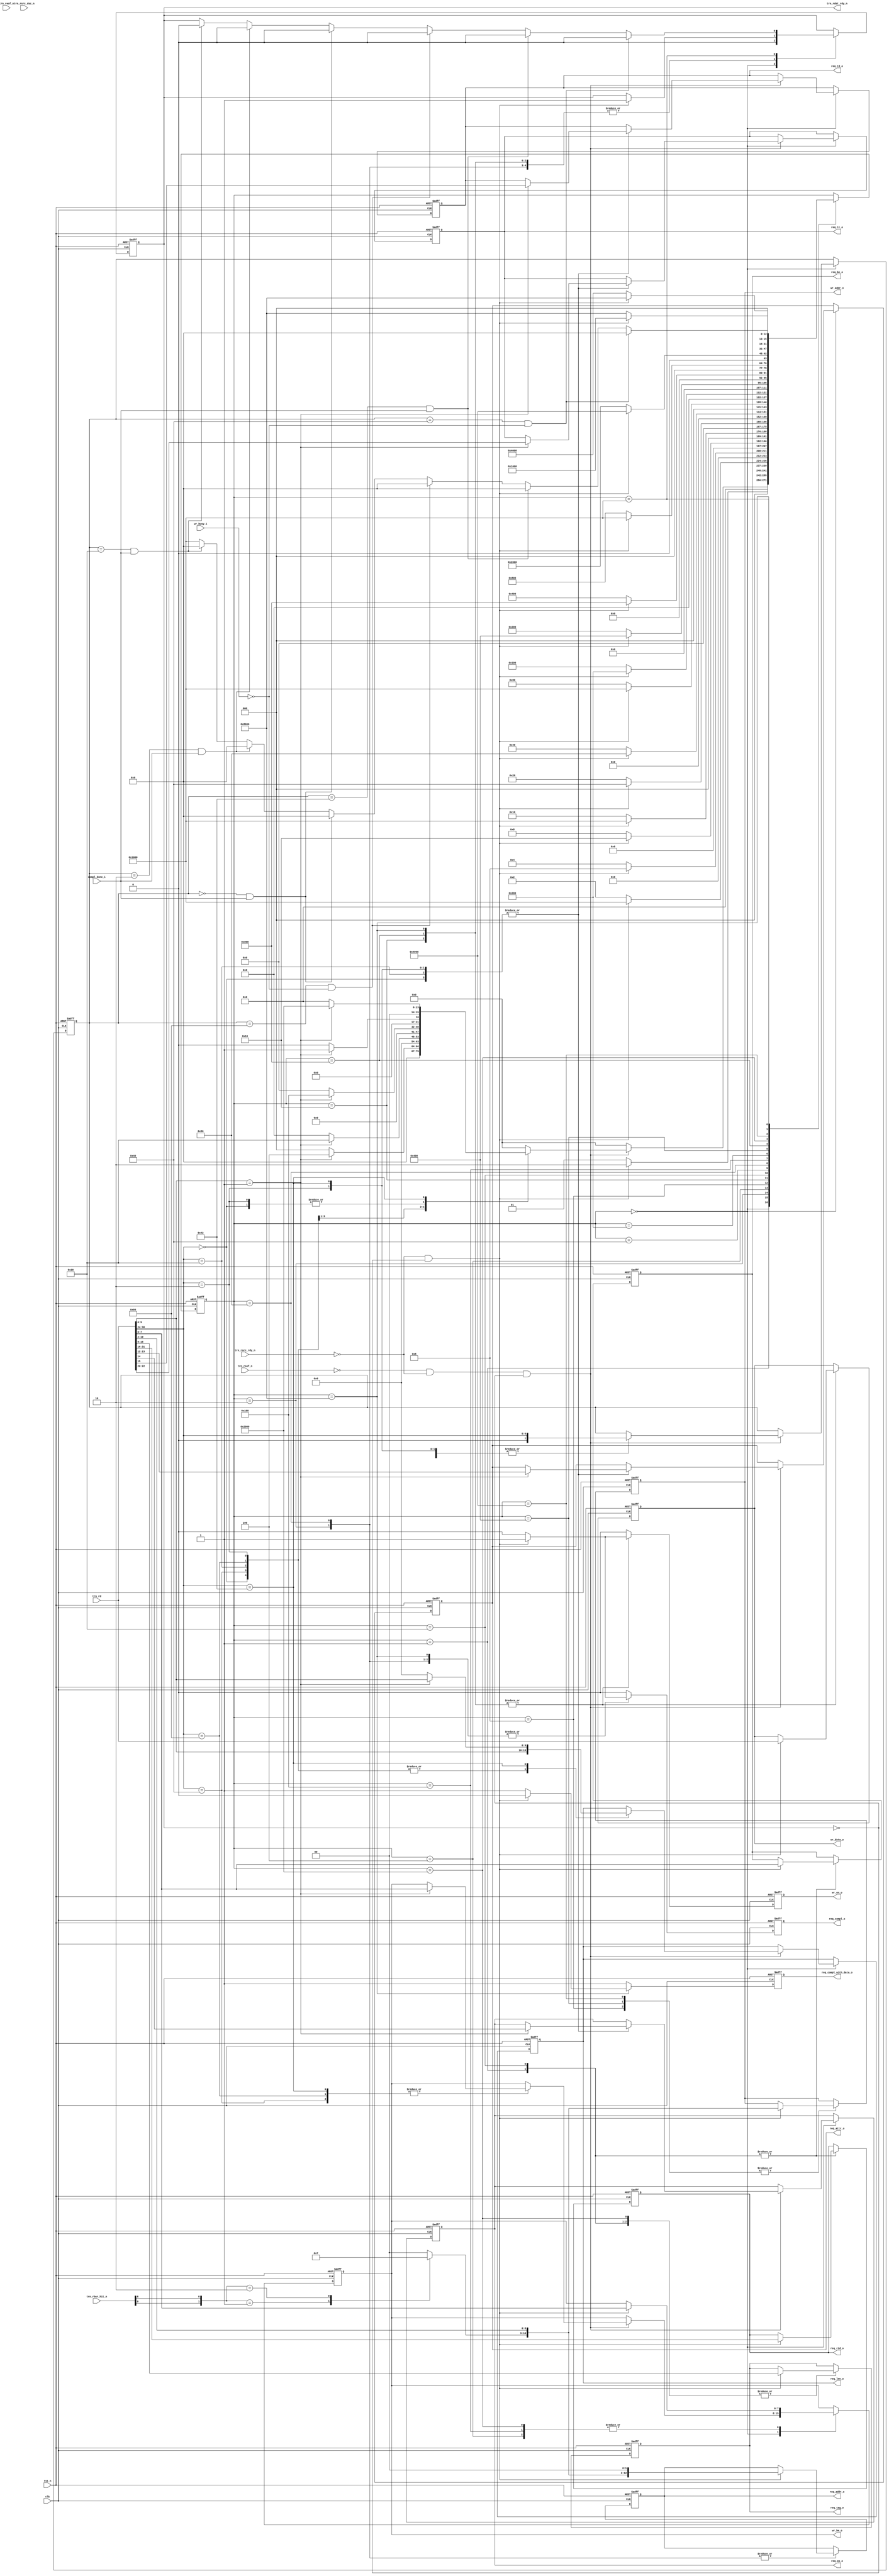



// DISCLAIMER OF LIABILITY
//
// This text/file contains proprietary, confidential
// information of Xilinx, Inc., is distributed under license
// from Xilinx, Inc., and may be used, copied and/or
// disclosed only pursuant to the terms of a valid license
// agreement with Xilinx, Inc. Xilinx hereby grants you
// a license to use this text/file solely for design, simulation,
// implementation and creation of design files limited
// to Xilinx devices or technologies. Use with non-Xilinx
// devices or technologies is expressly prohibited and
// immediately terminates your license unless covered by
// a separate agreement.
//
// Xilinx is providing this design, code, or information
// "as is" solely for use in developing programs and
// solutions for Xilinx devices. By providing this design,
// code, or information as one possible implementation of
// this feature, application or standard, Xilinx is making no
// representation that this implementation is free from any
// claims of infringement. You are responsible for
// obtaining any rights you may require for your implementation.
// Xilinx expressly disclaims any warranty whatsoever with
// respect to the adequacy of the implementation, including
// but not limited to any warranties or representations that this
// implementation is free from claims of infringement, implied
// warranties of merchantability or fitness for a particular
// purpose.
//
// Xilinx products are not intended for use in life support
// appliances, devices, or systems. Use in such applications are
// expressly prohibited.
//
//
// Copyright (c) 2001, 2002, 2003, 2004, 2005, 2007 Xilinx, Inc. All rights reserved.
//
// This copyright and support notice must be retained as part
// of this text at all times.

`timescale 1ns/1ns

`define TCQ 1

`define PIO_32_RX_MEM_RD32_FMT_TYPE 7'b00_00000
`define PIO_32_RX_MEM_WR32_FMT_TYPE 7'b10_00000
`define PIO_32_RX_MEM_RD64_FMT_TYPE 7'b01_00000
`define PIO_32_RX_MEM_WR64_FMT_TYPE 7'b11_00000
`define PIO_32_RX_IO_RD32_FMT_TYPE  7'b00_00010
`define PIO_32_RX_IO_WR32_FMT_TYPE  7'b10_00010

`define PIO_32_RX_RST_STATE         16'b0000000000000000
`define PIO_32_RX_MEM_RD32_DW1      16'b0000000000000001
`define PIO_32_RX_MEM_RD32_DW2      16'b0000000000000010
`define PIO_32_RX_MEM_WR32_DW1      16'b0000000000000100
`define PIO_32_RX_MEM_WR32_DW2      16'b0000000000001000
`define PIO_32_RX_MEM_WR32_DW3      16'b0000000000010000
`define PIO_32_RX_MEM_RD64_DW1      16'b0000000000100000
`define PIO_32_RX_MEM_RD64_DW2      16'b0000000001000000
`define PIO_32_RX_MEM_RD64_DW3      16'b0000000010000000
`define PIO_32_RX_MEM_WR64_DW1      16'b0000000100000000
`define PIO_32_RX_MEM_WR64_DW2      16'b0000001000000000
`define PIO_32_RX_MEM_WR64_DW3      16'b0000010000000000
`define PIO_32_RX_MEM_WR64_DW4      16'b0000100000000000
`define PIO_32_RX_WAIT_STATE        16'b0001000000000000
`define PIO_32_RX_IO_WR_DW1         16'b0010000000000000
`define PIO_32_RX_IO_WR_DW2         16'b0100000000000000
`define PIO_32_RX_IO_WR_DW3         16'b1000000000000000



module PIO_32_RX_ENGINE (
                        clk,
                        rst_n,

                        /*
                         * Receive local link interface from PCIe core
                         */

                        trn_rd,
                        trn_rsof_n,
                        trn_reof_n,
                        trn_rsrc_rdy_n,
                        trn_rsrc_dsc_n,
                        trn_rbar_hit_n,
                        trn_rdst_rdy_n,

                        /*
                         * Memory Read data handshake with Completion
                         * transmit unit. Transmit unit reponds to
                         * req_compl assertion and responds with compl_done
                         * assertion when a Completion w/ data is transmitted.
                         */

                        req_compl_o,
                        req_compl_with_data_o, // asserted indicates to generate a completion WITH data
                                               // otherwise a completion WITHOUT data will be generated -DRT
                        compl_done_i,

                        req_tc_o,                  // Memory Read TC
                        req_td_o,                  // Memory Read TD
                        req_ep_o,                  // Memory Read EP
                        req_attr_o,                // Memory Read Attribute
                        req_len_o,                 // Memory Read Length (1DW)
                        req_rid_o,                 // Memory Read Requestor ID
                        req_tag_o,                 // Memory Read Tag
                        req_be_o,                  // Memory Read Byte Enables
                        req_addr_o,                // Memory Read Address

                         /* 
                         * Memory interface used to save 1 DW data received
                         * on Memory Write 32 TLP. Data extracted from
                         * inbound TLP is presented to the Endpoint memory
                         * unit. Endpoint memory unit reacts to wr_en_o
                         * assertion and asserts wr_busy_i when it is
                         * processing written information.
                         */

                        wr_addr_o,                 // Memory Write Address
                        wr_be_o,                   // Memory Write Byte Enable
                        wr_data_o,                 // Memory Write Data
                        wr_en_o,                   // Memory Write Enable
                        wr_busy_i                  // Memory Write Busy

                       );

    input              clk;
    input              rst_n;

    input [31:0]       trn_rd;
    input              trn_rsof_n;
    input              trn_reof_n;
    input              trn_rsrc_rdy_n;
    input              trn_rsrc_dsc_n;
    input [6:0]        trn_rbar_hit_n;
    output             trn_rdst_rdy_n;
 
    output             req_compl_o;
    output             req_compl_with_data_o;
    input              compl_done_i;

    output reg [2:0]       req_tc_o;
    output reg             req_td_o;
    output reg             req_ep_o;
    output reg [1:0]       req_attr_o;
    output reg [9:0]       req_len_o;
    output reg [15:0]      req_rid_o;
    output reg [7:0]       req_tag_o;
    output reg [7:0]       req_be_o;
    output reg [12:0]      req_addr_o;

    output reg [10:0]      wr_addr_o;
    output reg  [7:0]       wr_be_o;
    output reg [31:0]      wr_data_o;
    output reg             wr_en_o;
    input              wr_busy_i;

    // Local Registers

    reg                trn_rdst_rdy_n;

    reg                req_compl_o;
    reg                req_compl_with_data_o;

//    reg [2:0]          req_tc_o;
//    reg                req_td_o;
//    reg                req_ep_o;
//    reg [1:0]          req_attr_o;
//    reg [9:0]          req_len_o;
//    reg [15:0]         req_rid_o;
//    reg [7:0]          req_tag_o;
//    reg [7:0]          req_be_o;
//    reg [12:0]         req_addr_o;

//    reg [10:0]         wr_addr_o;
//    reg [7:0]          wr_be_o;
//    reg [31:0]         wr_data_o;
//    reg                wr_en_o;

    reg [15:0]          state; //DRT
    reg [7:0]          tlp_type;
    
    wire               io_bar_hit_n;
    wire               mem32_bar_hit_n;
    wire               mem64_bar_hit_n;
    wire               erom_bar_hit_n;

    reg [1:0]          region_select;
   


    always @ ( posedge clk or negedge rst_n ) begin

        if (!rst_n ) begin

          trn_rdst_rdy_n <= 1'b0; // #`TCQ delay not used in syntesis

          req_compl_o    <=   1'b0;
          req_compl_with_data_o  <=   1'b1;

          req_tc_o       <=   2'b0;
          req_td_o       <=   1'b0;
          req_ep_o       <=   1'b0;
          req_attr_o     <=   2'b0;
          req_len_o      <=   10'b0;
          req_rid_o      <=   16'b0;
          req_tag_o      <=   8'b0;
          req_be_o       <=   8'b0;
          req_addr_o     <=   13'b0;

          wr_be_o        <=   8'b0;
          wr_addr_o      <=   11'b0;
          wr_data_o      <=   31'b0;
          wr_en_o        <=   1'b0;
          
          state          <=   `PIO_32_RX_RST_STATE;
          tlp_type       <=   7'b0;

        end else begin

          wr_en_o        <=   1'b0;
          req_compl_o    <=   1'b0;
          req_compl_with_data_o <=   1'b1;

          case (state)

            `PIO_32_RX_RST_STATE : begin 

              trn_rdst_rdy_n <=   1'b0;

              if ((!trn_rsof_n) && 
                  (!trn_rsrc_rdy_n) && 
                  (!trn_rdst_rdy_n)) begin

                case (trn_rd[30:24]) 

                  `PIO_32_RX_MEM_RD32_FMT_TYPE : begin

                    tlp_type     <=   trn_rd[30:24];
                    req_len_o    <=   trn_rd[09:00]; 

                    if (trn_rd[09:00] == 10'b1) begin

                      req_tc_o     <=   trn_rd[22:20];  
                      req_td_o     <=   trn_rd[15];
                      req_ep_o     <=   trn_rd[14]; 
                      req_attr_o   <=   trn_rd[13:12]; 
                      req_len_o    <=   trn_rd[11:00]; 
                      state        <=   `PIO_32_RX_MEM_RD32_DW1; 

                    end else begin

                      state        <=   `PIO_32_RX_RST_STATE;

                    end

                  end
         
                  `PIO_32_RX_MEM_WR32_FMT_TYPE : begin

                    tlp_type     <=   trn_rd[30:24];
                    req_len_o    <=   trn_rd[09:00]; 

                    if (trn_rd[09:00] == 10'b1) begin

                      wr_be_o      <=   trn_rd[07:00];
                      state        <=   `PIO_32_RX_MEM_WR32_DW1; 

                    end else begin
                    
                      state        <=   `PIO_32_RX_RST_STATE; 

                    end

                  end 

                  `PIO_32_RX_MEM_RD64_FMT_TYPE : begin

                    tlp_type     <=   trn_rd[30:24];
                    req_len_o    <=   trn_rd[09:00]; 
                 
                    if (trn_rd[09:00] == 10'b1) begin

                      req_tc_o     <=   trn_rd[22:20];  
                      req_td_o     <=   trn_rd[15];
                      req_ep_o     <=   trn_rd[14]; 
                      req_attr_o   <=   trn_rd[13:12]; 
                      req_len_o    <=   trn_rd[11:00]; 
                      state        <=   `PIO_32_RX_MEM_RD64_DW1; 

                    end else begin

                      state        <=    `PIO_32_RX_RST_STATE; 

                    end

                  end
         
                  `PIO_32_RX_MEM_WR64_FMT_TYPE : begin

                    tlp_type     <=   trn_rd[30:24];
                    req_len_o    <=   trn_rd[09:00]; 

                    if (trn_rd[09:00] == 10'b1) begin

                      wr_be_o      <=   trn_rd[07:00];
                      state        <=   `PIO_32_RX_MEM_WR64_DW1; 

                    end else begin
                    
                      state        <=   `PIO_32_RX_RST_STATE; 

                    end

                  end

                  `PIO_32_RX_IO_RD32_FMT_TYPE : begin

                    tlp_type     <=   trn_rd[30:24];
                    req_len_o    <=   trn_rd[09:00]; 
                 
                    if (trn_rd[09:00] == 10'b1) begin

                      req_tc_o     <=   trn_rd[22:20];  
                      req_td_o     <=   trn_rd[15];
                      req_ep_o     <=   trn_rd[14]; 
                      req_attr_o   <=   trn_rd[13:12]; 
                      req_len_o    <=   trn_rd[11:00]; 
                      state        <=   `PIO_32_RX_MEM_RD32_DW1; 

                    end else begin

                      state        <=   `PIO_32_RX_RST_STATE; 

                    end

                  end
         
                  `PIO_32_RX_IO_WR32_FMT_TYPE : begin

                    tlp_type     <=   trn_rd[30:24];
                    req_len_o    <=   10'h0; // len for cpl -- DRT

                    if (trn_rd[09:00] == 10'b1) begin

                      req_tc_o     <=   trn_rd[22:20];
                      req_td_o     <=   trn_rd[15];
                      req_ep_o     <=   trn_rd[14];
                      req_attr_o   <=   trn_rd[13:12];
                      req_len_o    <=   trn_rd[11:00];
                      wr_be_o      <=   trn_rd[07:00];
                      state        <=   `PIO_32_RX_IO_WR_DW1;

                    end else begin
                    
                      state        <=   `PIO_32_RX_RST_STATE; 

                    end

                  end

             
                  default : begin // other TLPs

                    state        <=   `PIO_32_RX_RST_STATE; 

                  end
              
                endcase
         
              end else
                state <=   `PIO_32_RX_RST_STATE;

            end

            `PIO_32_RX_MEM_RD32_DW1 : begin

              if ((!trn_rsrc_rdy_n) && 
                  (!trn_rdst_rdy_n)) begin

                req_rid_o    <=   trn_rd[31:16]; 
                req_tag_o    <=   trn_rd[15:08]; 
                req_be_o     <=   trn_rd[07:00];
                state        <=   `PIO_32_RX_MEM_RD32_DW2; 

              end else
                state        <=   `PIO_32_RX_MEM_RD32_DW1; 
         
            end

            `PIO_32_RX_MEM_RD32_DW2 : begin

              if ((!trn_rsrc_rdy_n) && 
                  (!trn_rdst_rdy_n)) begin

                req_addr_o   <=   {region_select[1:0], trn_rd[10:02], 2'b00};
                req_compl_o  <=   1'b1;
                trn_rdst_rdy_n <=   1'b1;

                state        <=   `PIO_32_RX_WAIT_STATE; 

              end else
                 state        <=   `PIO_32_RX_MEM_RD32_DW2; 

            end

            `PIO_32_RX_MEM_WR32_DW1 : begin

              if ((!trn_rsrc_rdy_n) && 
                  (!trn_rdst_rdy_n)) begin

                wr_be_o      <=   trn_rd[07:00];
                state        <=   `PIO_32_RX_MEM_WR32_DW2; 

              end else
                state        <=   `PIO_32_RX_MEM_WR32_DW1; 
         
            end

            `PIO_32_RX_MEM_WR32_DW2 : begin

              if ((!trn_rsrc_rdy_n) && 
                  (!trn_rdst_rdy_n)) begin

                wr_addr_o    <=   {region_select[1:0],trn_rd[10:02]};
                state        <=   `PIO_32_RX_MEM_WR32_DW3; 

              end else 
                 state        <=   `PIO_32_RX_MEM_WR32_DW2; 
         
            end

            `PIO_32_RX_MEM_WR32_DW3 : begin

              if ((!trn_rsrc_rdy_n) && 
                  (!trn_rdst_rdy_n)) begin

                wr_data_o  <=   trn_rd[31:00];
                wr_en_o    <=   1'b1;
                trn_rdst_rdy_n <=   1'b1;

                state      <=   `PIO_32_RX_WAIT_STATE;

              end else
                 state        <=   `PIO_32_RX_MEM_WR32_DW3; 

            end


            `PIO_32_RX_MEM_RD64_DW1 : begin

              if ((!trn_rsrc_rdy_n) && 
                  (!trn_rdst_rdy_n)) begin

                req_rid_o    <=   trn_rd[31:16]; 
                req_tag_o    <=   trn_rd[15:08]; 
                req_be_o     <=   trn_rd[07:00];
                state        <=   `PIO_32_RX_MEM_RD64_DW2; 

              end else
                state        <=   `PIO_32_RX_MEM_RD64_DW1; 
         
            end


            `PIO_32_RX_MEM_RD64_DW2 : begin

              if ((!trn_rsrc_rdy_n) && 
                  (!trn_rdst_rdy_n)) begin

                state        <=   `PIO_32_RX_MEM_RD64_DW3; 

              end else
                 state        <= `PIO_32_RX_MEM_RD64_DW2;

            end

            `PIO_32_RX_MEM_RD64_DW3 : begin

              if ((!trn_rsrc_rdy_n) && 
                  (!trn_rdst_rdy_n)) begin

                req_addr_o   <=   {region_select[1:0],trn_rd[10:02], 2'b00};
                req_compl_o  <=   1'b1;
                trn_rdst_rdy_n <=   1'b1;

                state        <=   `PIO_32_RX_WAIT_STATE; 

              end else
                 state        <=   `PIO_32_RX_MEM_RD64_DW3; 

            end

            `PIO_32_RX_MEM_WR64_DW1 : begin

              if ((!trn_rsrc_rdy_n) && 
                  (!trn_rdst_rdy_n)) begin

                wr_be_o      <=   trn_rd[07:00];
                state        <=   `PIO_32_RX_MEM_WR64_DW2; 

              end else
                state        <=   `PIO_32_RX_MEM_WR64_DW1; 
         
            end

            `PIO_32_RX_MEM_WR64_DW2 : begin

              if ((!trn_rsrc_rdy_n) && 
                  (!trn_rdst_rdy_n)) begin

                
                state        <=   `PIO_32_RX_MEM_WR64_DW3; 

              end else 
                 state        <=   `PIO_32_RX_MEM_WR64_DW2; 
         
            end

            `PIO_32_RX_MEM_WR64_DW3 : begin

              if ((!trn_rsrc_rdy_n) && 
                  (!trn_rdst_rdy_n)) begin

                wr_addr_o    <=   {region_select[1:0],trn_rd[10:2]};
                state        <=   `PIO_32_RX_MEM_WR64_DW4; 

              end else 
                 state        <=   `PIO_32_RX_MEM_WR64_DW3; 
         
            end

            `PIO_32_RX_MEM_WR64_DW4 : begin

              if ((!trn_rsrc_rdy_n) && 
                  (!trn_rdst_rdy_n)) begin

                wr_data_o  <=   trn_rd[31:00];
                wr_en_o    <=   1'b1;
                trn_rdst_rdy_n <=   1'b1;

                state      <=   `PIO_32_RX_WAIT_STATE;

              end else
                 state        <=   `PIO_32_RX_MEM_WR64_DW4; 

            end


            `PIO_32_RX_IO_WR_DW1 : begin

              if ((!trn_rsrc_rdy_n) &&
                  (!trn_rdst_rdy_n)) begin
 
                req_tag_o    <=   trn_rd[15:08];
                wr_be_o      <=   trn_rd[07:00];
                state        <=   `PIO_32_RX_IO_WR_DW2;

              end else
                state        <=   `PIO_32_RX_IO_WR_DW1;

            end

            `PIO_32_RX_IO_WR_DW2 : begin

              if ((!trn_rsrc_rdy_n) &&
                  (!trn_rdst_rdy_n)) begin

                wr_addr_o    <=   {region_select[1:0],trn_rd[10:02]};
                state        <=   `PIO_32_RX_IO_WR_DW3;

              end else
                 state        <=   `PIO_32_RX_IO_WR_DW2;

            end

            `PIO_32_RX_IO_WR_DW3 : begin

              if ((!trn_rsrc_rdy_n) &&
                  (!trn_rdst_rdy_n)) begin

                wr_data_o  <=   trn_rd[31:00];
                wr_en_o    <=   1'b1;
                trn_rdst_rdy_n <=   1'b1;
                req_compl_o <=   1'b1;
                req_compl_with_data_o <=   1'b0;

                state      <=   `PIO_32_RX_WAIT_STATE;

              end else
                 state        <=   `PIO_32_RX_IO_WR_DW3;

            end


            `PIO_32_RX_WAIT_STATE : begin

              wr_en_o      <=   1'b0;
              req_compl_o  <=   1'b0;

              if ((tlp_type == `PIO_32_RX_MEM_WR32_FMT_TYPE) &&
                  (!wr_busy_i)) begin

                trn_rdst_rdy_n <=   1'b0;
                state        <=   `PIO_32_RX_RST_STATE; 

              end else if ((tlp_type == `PIO_32_RX_IO_WR32_FMT_TYPE) &&
                  (compl_done_i)) begin  // DRT -testing

                trn_rdst_rdy_n <=   1'b0;
                state        <=   `PIO_32_RX_RST_STATE; 

              end else if ((tlp_type == `PIO_32_RX_MEM_WR64_FMT_TYPE) &&
                  (!wr_busy_i)) begin

                trn_rdst_rdy_n <=   1'b0;
                state        <=   `PIO_32_RX_RST_STATE; 

              end else if ((tlp_type == `PIO_32_RX_MEM_RD32_FMT_TYPE) &&
                           (compl_done_i)) begin

                trn_rdst_rdy_n <=   1'b0;
                state        <=   `PIO_32_RX_RST_STATE; 

              end else if ((tlp_type == `PIO_32_RX_IO_RD32_FMT_TYPE) &&
                           (compl_done_i)) begin

                trn_rdst_rdy_n <=   1'b0;
                state        <=   `PIO_32_RX_RST_STATE; 

              end else if ((tlp_type == `PIO_32_RX_MEM_RD64_FMT_TYPE) &&
                           (compl_done_i)) begin

                trn_rdst_rdy_n <=   1'b0;
                state        <=   `PIO_32_RX_RST_STATE; 

              end else
                state        <=   `PIO_32_RX_WAIT_STATE; 

            end
                   
          endcase

        end   

    end       

    assign mem64_bar_hit_n = 1'b1;
    assign io_bar_hit_n = 1'b1;
    assign mem32_bar_hit_n = trn_rbar_hit_n[0];
    assign erom_bar_hit_n  = trn_rbar_hit_n[6];


  always @*
  begin
     case ({io_bar_hit_n, mem32_bar_hit_n, mem64_bar_hit_n, erom_bar_hit_n})
     
        4'b0111 : begin
             region_select <=   2'b00;    // Select IO region  BAR 1
        end

        4'b1011 : begin
             region_select <=   2'b01;    // Select Mem32 region BAR 0
        end
        
        4'b1101 : begin
             region_select <=   2'b10;    // Select Mem64 region
        end        

        4'b1110 : begin
             region_select <=   2'b11;    // Select EROM region
        end
        
        default : begin 
             region_select <=   2'b00;    // Error selection will select IO region
        end

     endcase
        
  end


  // synthesis translate_off
  reg  [8*20:1] state_ascii;
  always @(state)
  begin
    if      (state==`PIO_32_RX_RST_STATE)         state_ascii <= #`TCQ "RX_RST_STATE";
    else if (state==`PIO_32_RX_MEM_RD32_DW1)      state_ascii <= #`TCQ "RX_MEM_RD32_DW1";
    else if (state==`PIO_32_RX_MEM_RD32_DW2)      state_ascii <= #`TCQ "RX_MEM_RD32_DW2";
    else if (state==`PIO_32_RX_MEM_WR32_DW1)      state_ascii <= #`TCQ "RX_MEM_WR32_DW1";
    else if (state==`PIO_32_RX_MEM_WR32_DW2)      state_ascii <= #`TCQ "RX_MEM_WR32_DW2";
    else if (state==`PIO_32_RX_MEM_WR32_DW3)      state_ascii <= #`TCQ "RX_MEM_WR32_DW3";
    else if (state==`PIO_32_RX_MEM_RD64_DW1)      state_ascii <= #`TCQ "RX_MEM_RD64_DW1";
    else if (state==`PIO_32_RX_MEM_RD64_DW2)      state_ascii <= #`TCQ "RX_MEM_RD64_DW2";
    else if (state==`PIO_32_RX_MEM_RD64_DW3)      state_ascii <= #`TCQ "RX_MEM_RD64_DW3";
    else if (state==`PIO_32_RX_MEM_WR64_DW1)      state_ascii <= #`TCQ "RX_MEM_WR64_DW1";
    else if (state==`PIO_32_RX_MEM_WR64_DW2)      state_ascii <= #`TCQ "RX_MEM_WR64_DW2";
    else if (state==`PIO_32_RX_MEM_WR64_DW3)      state_ascii <= #`TCQ "RX_MEM_WR64_DW3";
    else if (state==`PIO_32_RX_MEM_WR64_DW4)      state_ascii <= #`TCQ "RX_MEM_WR64_DW4";
    else if (state==`PIO_32_RX_WAIT_STATE)        state_ascii <= #`TCQ "RX_WAIT_STATE";
    else                                          state_ascii <= #`TCQ "PIO 32 STATE ERR";

  end
  // synthesis translate_on




endmodule // PIO_32_RX_ENGINE